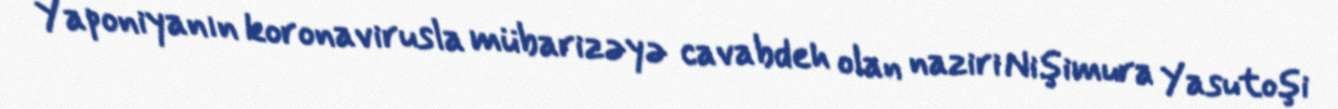
Yaponiyanın koronavirusla mübarizəyə cavabdeh olan naziri Nişimura Yasutoşi